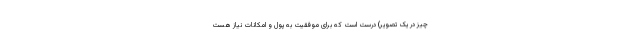
چیز در یک تصویر) درست است که برای موفقیت به پول و امکانات نیاز هست